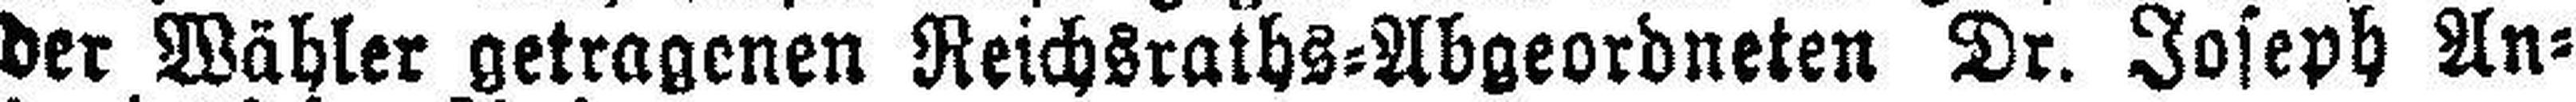
der Wähler getragenen Reichsraths=Abgeordneten Dr. Joseph An¬